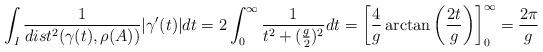
LaTeX: \begin{align*} \int_I \frac{1}{dist^2(\gamma(t),\rho(A))}|\gamma^{\prime}(t)|dt = 2\int_0^{\infty}\frac{1}{t^2+(\frac{g}{2})^2}dt = \left[\frac{4}{g}\arctan\left(\frac{2t}{g}\right)\right]_0^{\infty} = \frac{2\pi}{g}\end{align*}